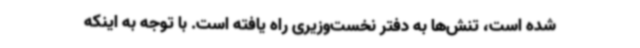
شده است، تنش‌ها به دفتر نخست‌وزیری راه یافته است. با توجه به اینکه